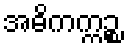
အဓိကက္ကဉ္စ